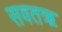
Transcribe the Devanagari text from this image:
सवतॠ